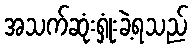
အသက်ဆုံးရှုံးခဲ့ရသည်